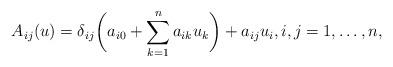
LaTeX: \begin{align*} A_{ij}(u) = \delta_{ij}\bigg(a_{i0} + \sum_{k=1}^n a_{ik}u_k\bigg) + a_{ij}u_i,i,j=1,\ldots,n,\end{align*}